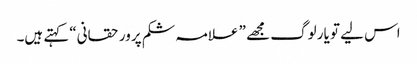
اس لیے تو یار لوگ مجھے ” علامہ شکم پرور حقانی“ کہتے ہیں۔